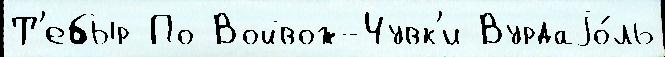
Т'ебыр По Войвож-Чувк'и Вурдаjо́ль